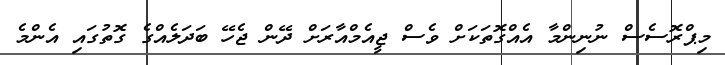
މިޕްރޮސެސް ނުނިންމާ އެއްގޮތަކަށް ވެސް ޖީއެމްއާރަށް ދޭން ޖެހޭ ބަދަލެއްގެ ގޮތުގައި އެންމެ